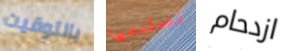
بالتوقيت تسليمها ازدحام